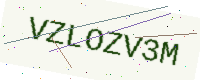
Text: VZLOZV3M